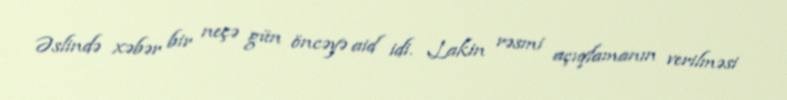
Əslində xəbər bir neçə gün öncəyə aid idi. Lakin rəsmi açıqlamanın verilməsi